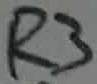
Text: R3